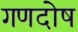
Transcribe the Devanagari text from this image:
गणदोष